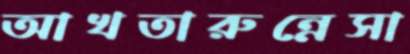
আখতারুন্নেসা